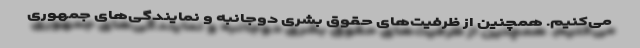
می‌کنیم. همچنین از ظرفیت‌های حقوق بشری دوجانبه و نمایندگی‌های جمهوری